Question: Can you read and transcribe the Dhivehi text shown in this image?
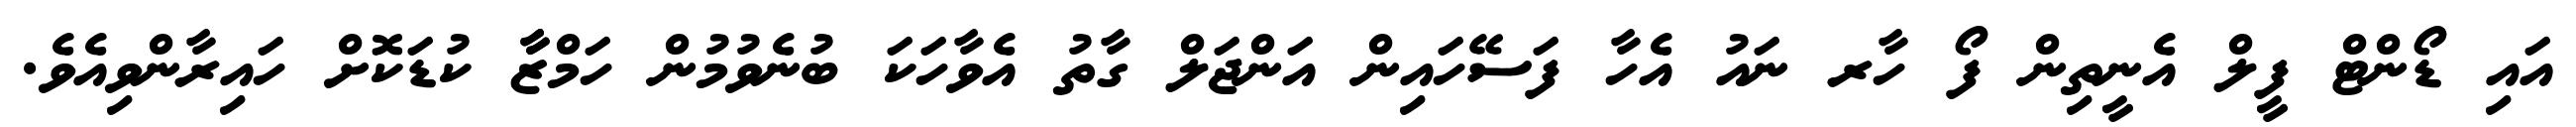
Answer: އައި ޑޯންޓް ފީލް އެނީތިން ފޯ ހާރ ނައު އެހާ ފަސޭހައިން އަންޖަލް ގާތު އެވާހަކަ ބުނެވުމުން ހަމްޒާާ ކުޑަކޮށް ހައިރާންވިއެވެ.